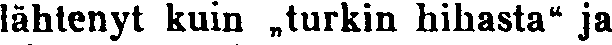
lähtenyt kuin „turkin hihasta" ja